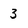
Character: 3